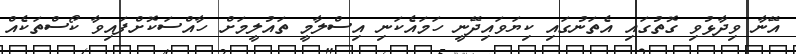
އޭނާ ވިދާޅުވި ގޮތުގައި އެތަނުގައި ކިޔަވައިދޭނީ ހަމައެކަނި އިސްލާމީ ތައުލީމަށް ހާއްސަކޮށްފައިވާ ކޯސްތަކެއް